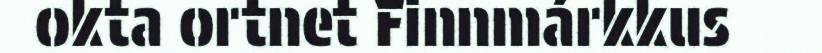
okta ortnet Finnmárkkus